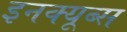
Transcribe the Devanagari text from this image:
इनक्यूब्स